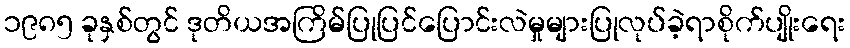
၁၉၈၅ ခုနှစ်တွင် ဒုတိယအကြိမ်ပြုပြင်ပြောင်းလဲမှုများပြုလုပ်ခဲ့ရာစိုက်ပျိုးရေး